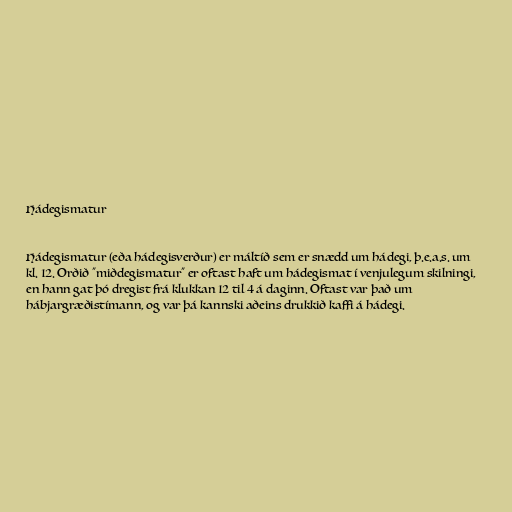
Hádegismatur

Hádegismatur (eða hádegisverður) er máltíð sem er snædd um hádegi, þ.e.a.s. um
kl. 12. Orðið "miðdegismatur" er oftast haft um hádegismat í venjulegum skilningi,
en hann gat þó dregist frá klukkan 12 til 4 á daginn. Oftast var það um
hábjargræðistímann, og var þá kannski aðeins drukkið kaffi á hádegi.